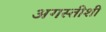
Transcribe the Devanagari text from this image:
अगस्तीशी